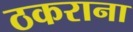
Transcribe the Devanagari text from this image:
ठकराना